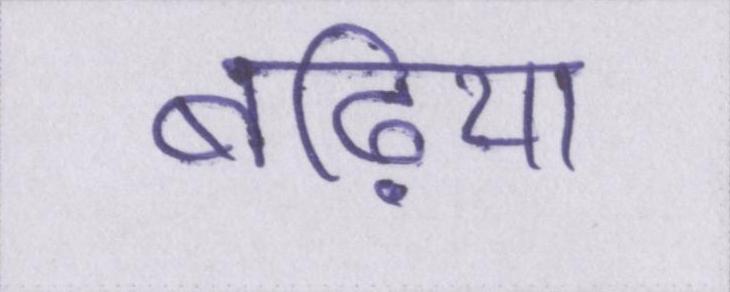
बढ़िया